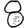
Digit: 8